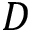
D